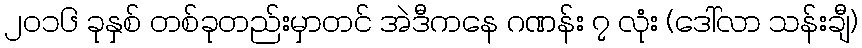
၂၀၁၆ ခုနှစ် တစ်ခုတည်းမှာတင် အဲဒီကနေ ဂဏန်း ၇ လုံး (ဒေါ်လာ သန်းချီ)